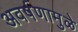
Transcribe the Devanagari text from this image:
अवर्षणामुळे